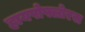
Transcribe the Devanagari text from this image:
हायपोफ्लोरस